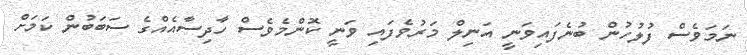
ނަމަވެސް ފުލުހުން ބުނެފައިވަނީ އަނިލް މަރުވެފައި ވަނީ ކޮންމެވެސް ހާދިސާއެއްގެ ސަބަބުން ކަމަށް